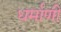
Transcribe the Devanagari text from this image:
धर्माणी